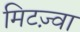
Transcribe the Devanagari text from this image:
मिटज़्वा